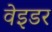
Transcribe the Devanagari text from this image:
वेइडर